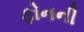
ફોનની